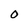
Character: 0